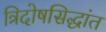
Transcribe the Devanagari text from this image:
त्रिदोषसिद्धांत